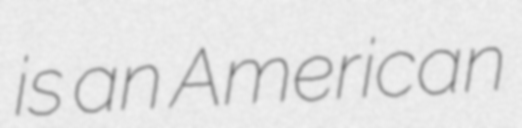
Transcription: is an American